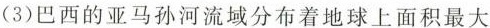
(3)巴西的亚马孙河流域分布着地球上面积最大